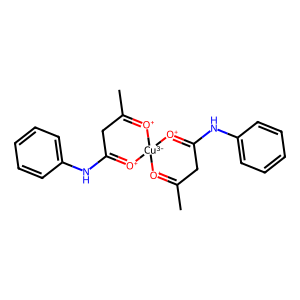
SMILES: CC1=[O+][Cu-3]2([O+]=C(C)CC(Nc3ccccc3)=[O+]2)[O+]=C(Nc2ccccc2)C1
Inhibits HIV replication: No